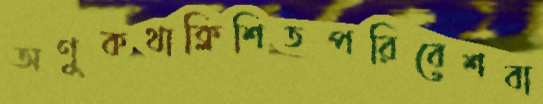
অণুকথাক্লিশিতপরিবেশবা